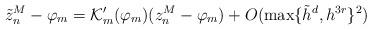
LaTeX: \begin{align*}\tilde{z}_n^M - \varphi_m = \mathcal {K}_m' (\varphi_m) (z_n^M - \varphi_m) + O (\max \{\tilde{h}^{d}, h^{3 r} \}^2)\end{align*}